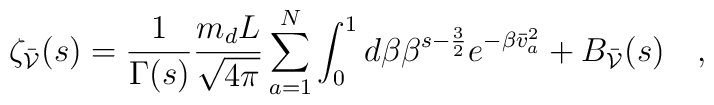
\zeta_{\bar{\cal V}}(s)=\frac{1}{\Gamma(s)} \frac{m_d L}{\sqrt{4\pi}}\sum_{a=1}^N\int_0^1 d\beta \beta^{s-\frac{3}{2}}e^{-\beta\bar{v}_a^2} +B_{\bar{\cal V}}(s)\quad ,